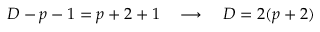
D - p - 1 = p + 2 + 1 \quad \longrightarrow \quad D = 2 ( p + 2 )